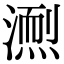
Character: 𪷌